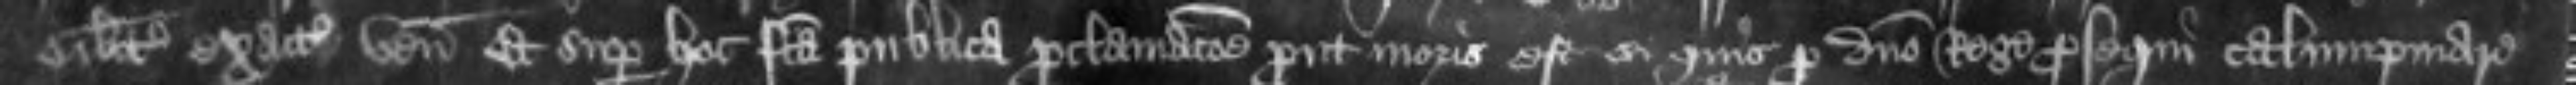
similiter exacti venerunt Et super hoc facta publica proclamacione prout moris est si quis pro domino Rege prosequi calumpniare